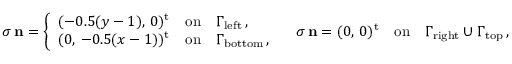
{ \boldsymbol \sigma } \, { \mathbf { n } } = \left\{ \begin{array} { c l l } { ( - 0 . 5 ( y - 1 ) , \, 0 ) ^ { \mathrm { t } } } & { \mathrm { o n } } & { \Gamma _ { \mathrm { l e f t } } \, , } \\ { ( 0 , \, - 0 . 5 ( x - 1 ) ) ^ { \mathrm { t } } } & { \mathrm { o n } } & { \Gamma _ { \mathrm { b o t t o m } } \, , } \end{array} \right. \quad { \boldsymbol \sigma } \, { \mathbf { n } } = ( 0 , \, 0 ) ^ { \mathrm { t } } { \quad \mathrm { o n } \quad } \Gamma _ { \mathrm { r i g h t } } \cup \Gamma _ { \mathrm { t o p } } \, ,